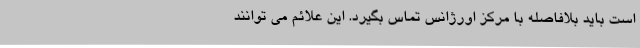
است باید بلافاصله با مرکز اورژانس تماس بگیرد. این علائم می توانند